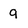
Character: 9